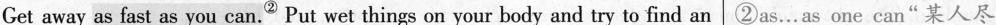
Get away as fast as you can.^{②}Put wet things on your body and try to find an②as.…as one can"某人尽